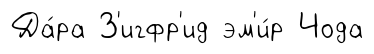
Да́ра З'игфр'ид эм'и́р Чода